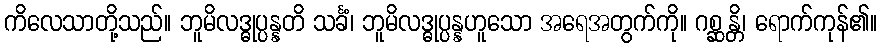
ကိလေသာတို့သည်။ ဘူမိလဒ္ဓုပ္ပန္နတိ သင်္ခံ၊ ဘူမိလဒ္ဓုပ္ပန္နဟူသော အရေအတွက်ကို။ ဂစ္ဆန္တိ၊ ရောက်ကုန်၏။